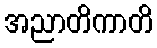
အညာတိကာတိ